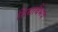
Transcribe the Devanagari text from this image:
विद्यावैभव